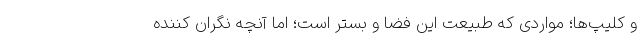
و کلیپ‌ها؛ مواردی که طبیعت این فضا و بستر است؛ اما آنچه نگران کننده